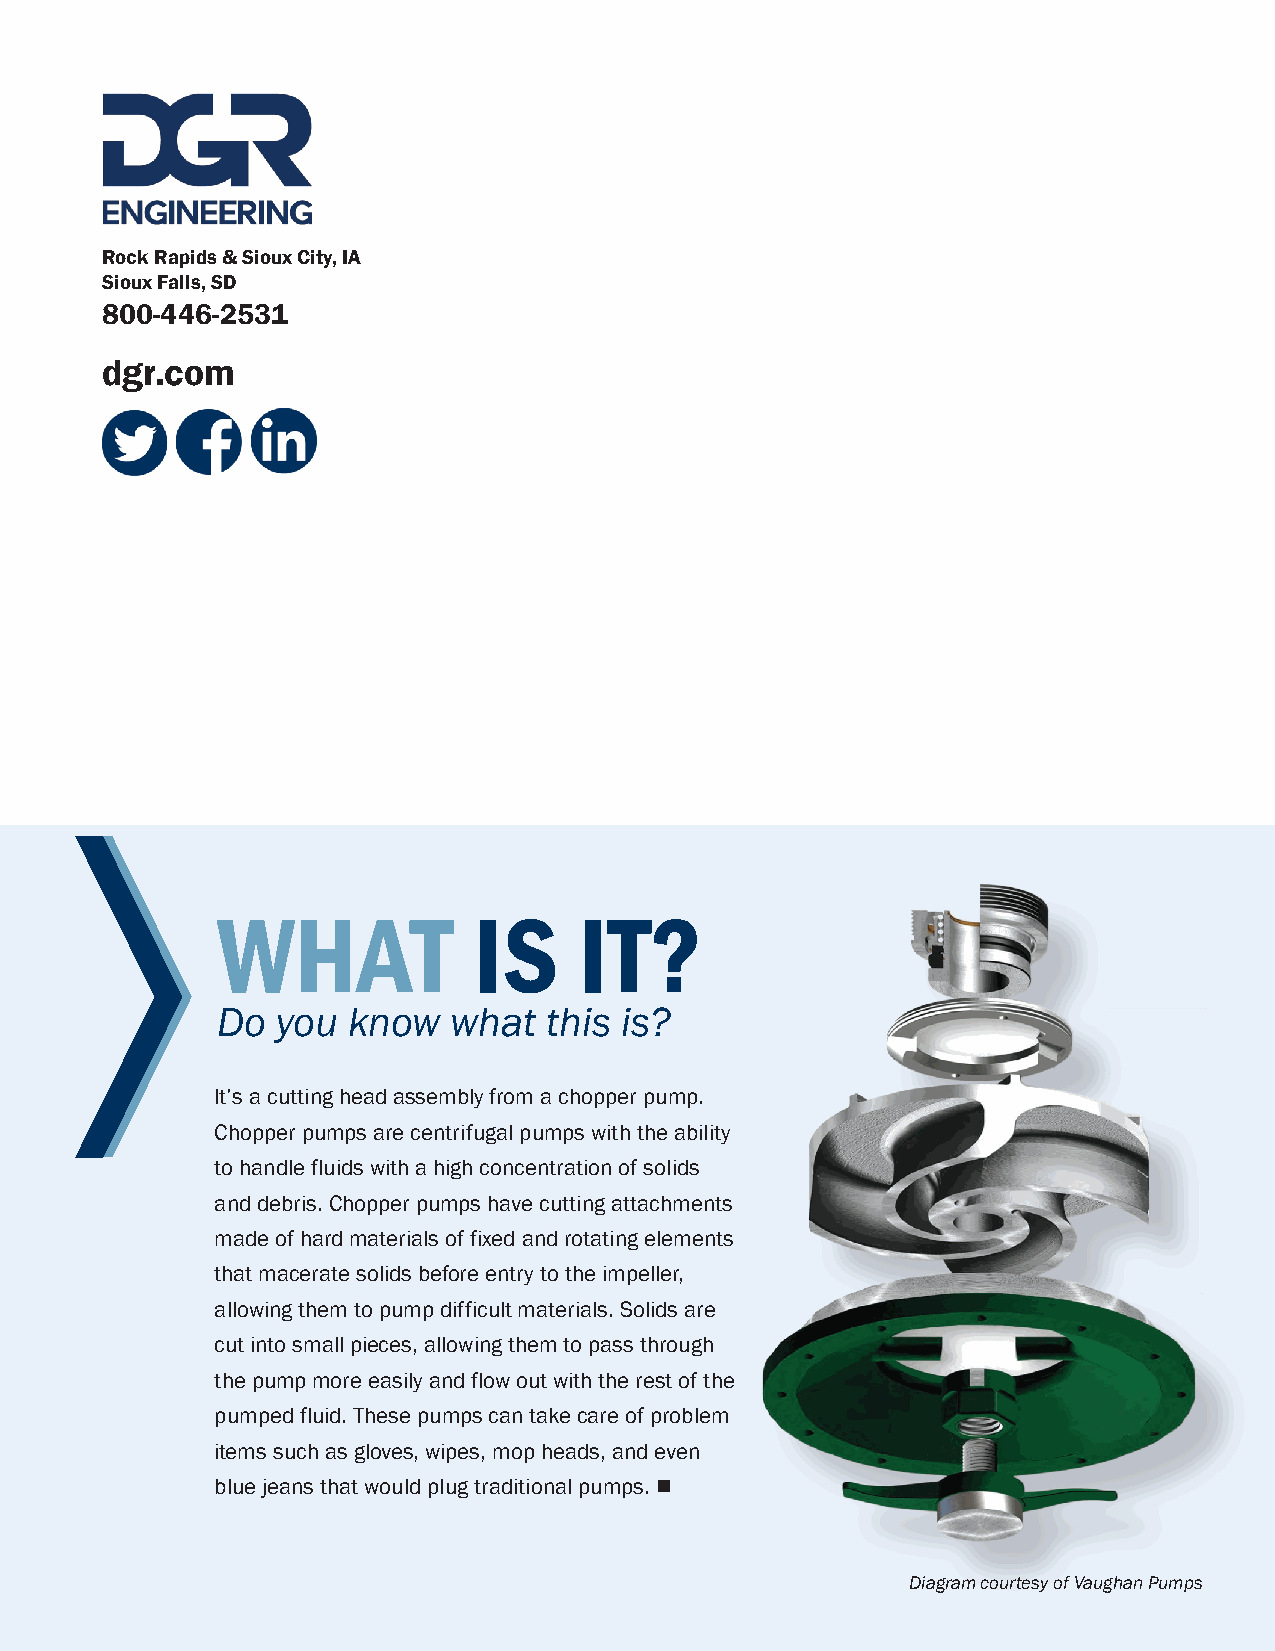
Rock Rapids & Sioux City, IA
 Sioux Falls, SD
 800-446-2531
 dgr .com
 WHAT             IS     IT?
 Do  you  know   what  this is?
 It’s a cutting head assembly from a chopper pump.
 Chopper pumps are centrifugal pumps with the ability
 to handle fluids with a high concentration of solids
 and debris. Chopper pumps have cutting attachments
 made of hard materials of fixed and rotating elements
 that macerate solids before entry to the impeller,
 allowing them to pump difficult materials. Solids are
 cut into small pieces, allowing them to pass through
 the pump more easily and flow out with the rest of the
 pumped fluid. These pumps can take care of problem
 items such as gloves, wipes, mop heads, and even
 blue jeans that would plug traditional pumps. 
 Diagram courtesy of Vaughan Pumps